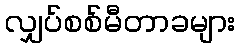
လျှပ်စစ်မီတာခများ